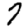
Digit: 7